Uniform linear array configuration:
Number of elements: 24
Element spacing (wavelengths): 0.75
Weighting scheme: kaiser
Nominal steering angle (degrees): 30
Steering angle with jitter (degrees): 30.103
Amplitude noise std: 0.05
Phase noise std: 0.05

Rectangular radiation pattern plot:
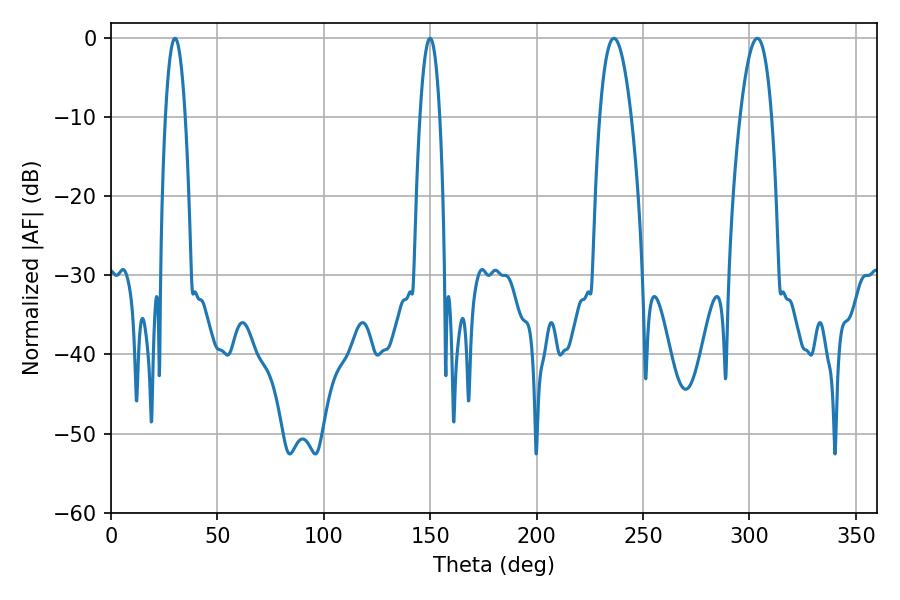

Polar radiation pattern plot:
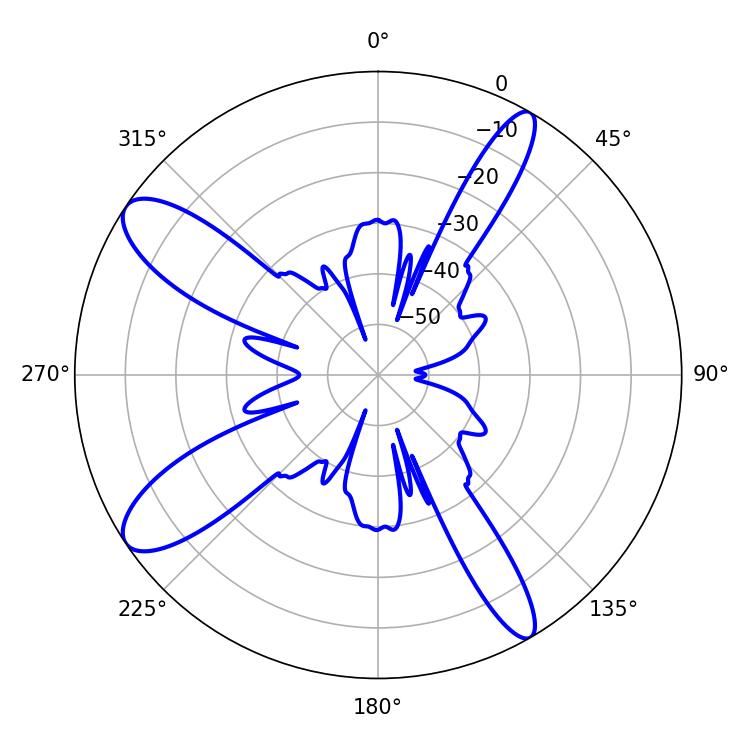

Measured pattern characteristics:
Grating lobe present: TRUE
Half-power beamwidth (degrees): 8.28
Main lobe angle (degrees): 236.34